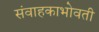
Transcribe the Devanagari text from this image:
संवाहकाभोवती